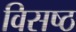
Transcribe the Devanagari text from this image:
विसष्ठ